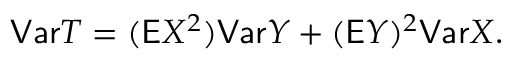
\mathsf { V a r } T = ( \mathsf E X ^ { 2 } ) \mathsf { V a r } Y + ( \mathsf E Y ) ^ { 2 } \mathsf { V a r } X .